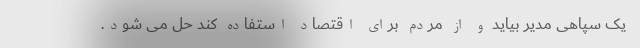
یک سپاهی مدیر بیاید و از مردم برای اقتصاد استفاده کند حل می شود.